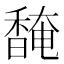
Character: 馣